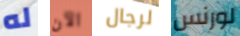
له الآن لرجال لورنس